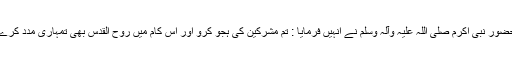
تو حضور نبی اکرم صلی اللہ علیہ وآلہ وسلم نے انہیں فرمایا : تم مشرکین کی ہجو کرو اور اس کام میں روح القدس بھی تمہاری مدد کرے گا۔